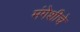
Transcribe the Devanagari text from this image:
मंगेशीचे